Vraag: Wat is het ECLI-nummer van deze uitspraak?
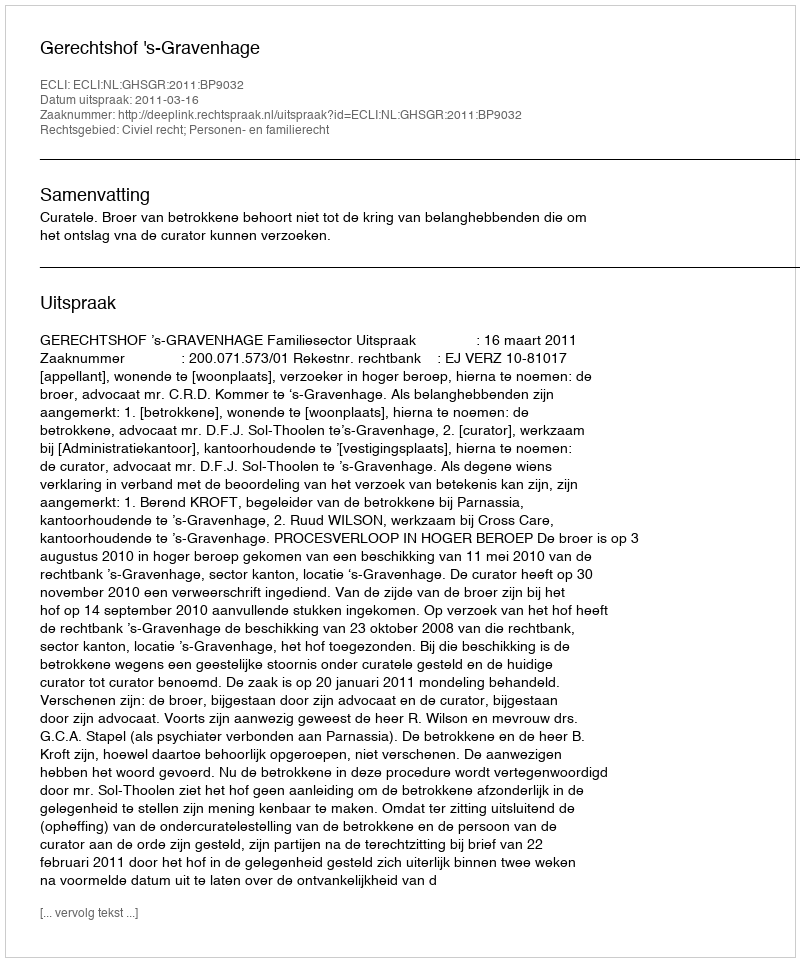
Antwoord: ECLI:NL:GHSGR:2011:BP9032